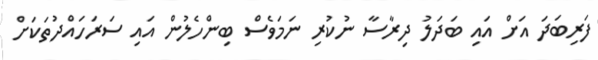
ފަރިބަދަ އަށް އައި ބަދަލު ދިރާސާ ނުކުރި ނަމަވެސް ބިންހެލުން އައި ސަރަހައްދުތަކަށް